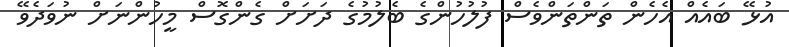
އުޅޭ ބައެއް އެހެން ތަންތަންވެސް ފުލުހުންގެ ބެލުމުގެ ދަށަށް ގެންގޮސް މީހުންނަށް ނުވަދެވޭ